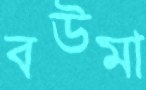
বউমা